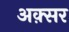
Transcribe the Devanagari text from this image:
अक़्सर